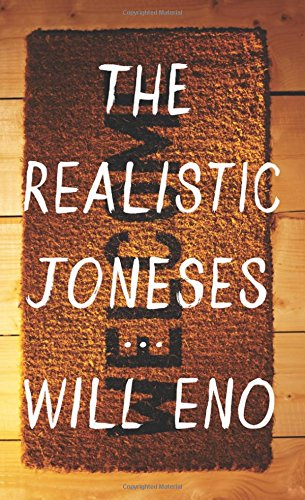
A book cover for The Realistic Joneses; Will Eno; Politics & Social Sciences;